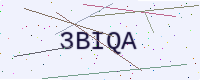
Text: 3BIQA